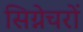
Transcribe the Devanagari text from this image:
सिग्नेचरों